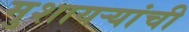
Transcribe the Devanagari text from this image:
मुशायर्‍यांची